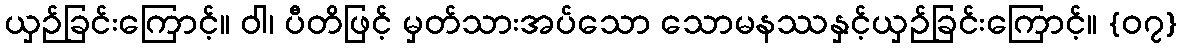
ယှဉ်ခြင်းကြောင့်။ ဝါ၊ ပီတိဖြင့် မှတ်သားအပ်သော သောမနဿနှင့်ယှဉ်ခြင်းကြောင့်။ {၀၇}